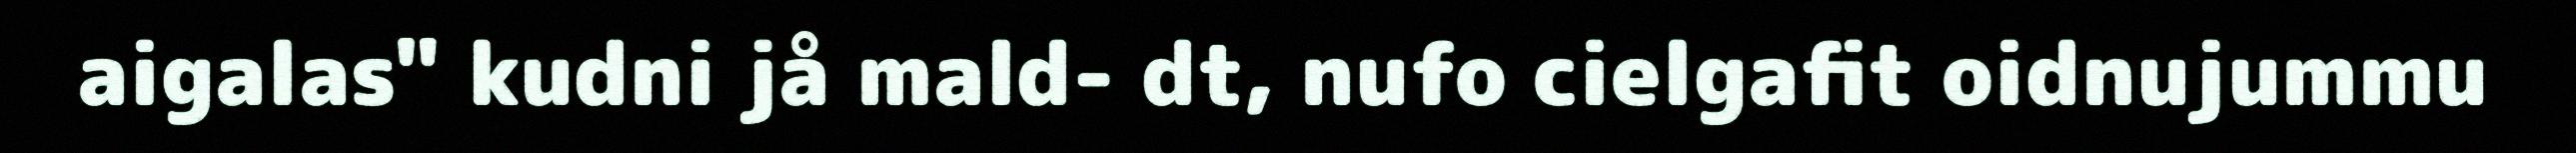
aigalas" kudni jå mald- dt, nufo cielgafit oidnujummu